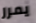
يمرر